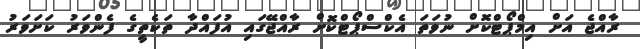
ރާއްޖެ އަށް އިމްޕޯޓްކޮށް ނުވަތަ އެކްސްޕޯޓްކޮށް ރާއްޖޭގައި އުފައްދާ ތަކެތީގެ ފެންވަރު ކަށަވަރު